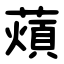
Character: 薠